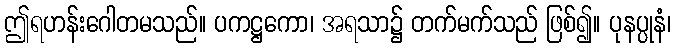
ဤရဟန်းဂေါတမသည်။ ပကဋ္ဌကော၊ အရသာ၌ တက်မက်သည် ဖြစ်၍။ ပုနပ္ပုနံ၊